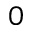
0